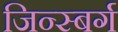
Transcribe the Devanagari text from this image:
जिन्स्बर्ग